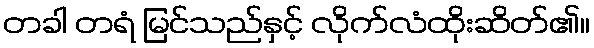
တခါ တရံ မြင်သည်နှင့် လိုက်လံထိုးဆိတ်၏။